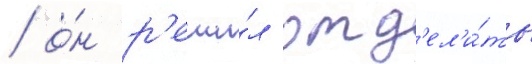
/ о́н р'еши́л отд'ел'и́ть